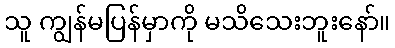
သူ ကျွန်မပြန်မှာကို မသိသေးဘူးနော်။